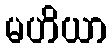
မဟိယာ